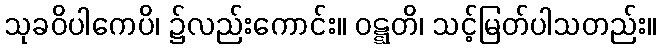
သုခဝိပါကေပိ၊ ၌လည်းကောင်း။ ဝဋ္ဋတိ၊ သင့်မြတ်ပါသတည်း။